Insane asylums in Bengal annual reports 1867-1875 - 1867-1875
Year: 1867
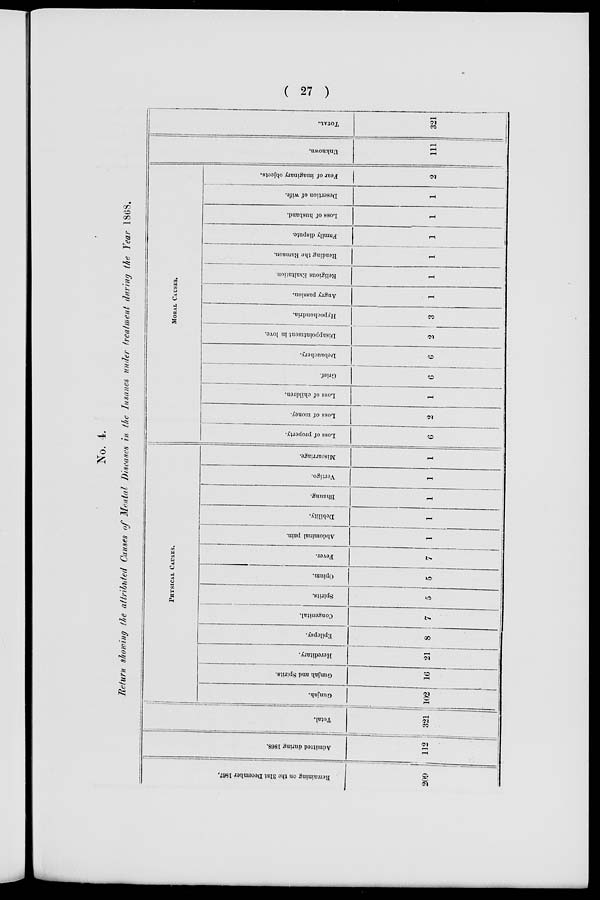
( 27 )
No. 4.
Return showing the attributed Causes of Mental Diseases in the Insanes under treatment during the Year 1868.
Remaining on the 31st December 1867.
209
Admitted during 1868.
112
Total.
321
PHYSICAL CAUSES.
Gunjah.
102
Gunjah and Spirits.
16
Hereditary.
21
Epilepsy.
8
Congenital.
7
Spirits.
5
Opium.
5
Fever.
7
Abdominal pain.
1
Debility.
1
Bhaung.
1
Vertigo.
1
Miscarriage.
1
MORAL CAUSES.
Loss of property.
6
Loss of money.
2
Loss of children.
1
Grief.
6
Debauchery.
6
Disappointment in love.
2
Hypochondria.
3
Angry passion.
1
Religious Exaltation.
1
Reading the Ramaon.
1
Family dispute.
1
Loss of husband.
1
Desertion of wife.
1
Fear of imaginary objects.
2
Unknown
111
TOTAL.
321